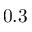
0 . 3